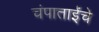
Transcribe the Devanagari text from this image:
चंपाताईंचे